Report on the working of the Ranchi Indian Mental Hospital, Kanke, in Bihar and Orissa - 1930-1940
Year: 1930
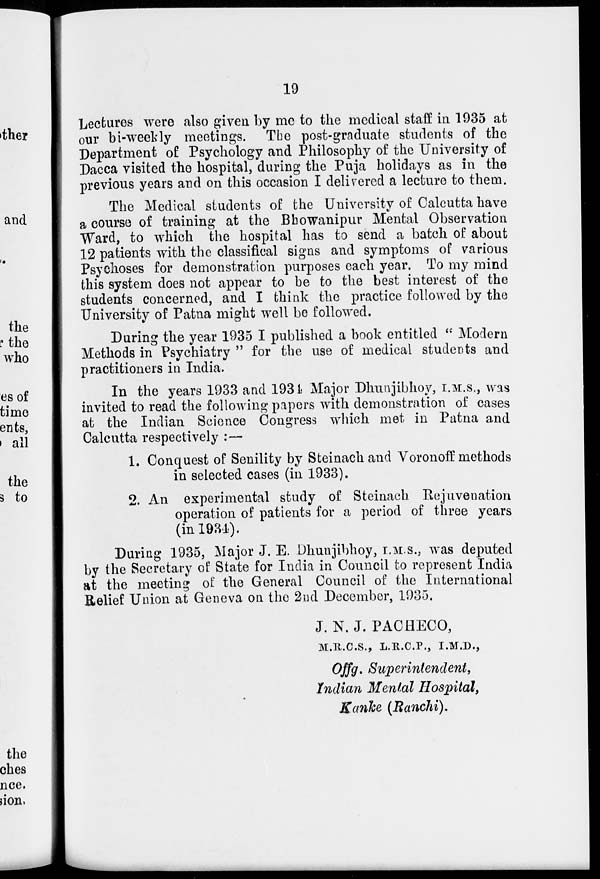
19
Lectures were also given by me to the medical staff in 1935 at
our bi-weekly meetings. The post-graduate students of the
Department of Psychology and Philosophy of the University of
Dacca visited the hospital, during the Puja holidays as in the
previous years and on this occasion I delivered a lecture to them.
The Medical students of the University of Calcutta have
a course of training at the Bhowanipur Mental Observation
Ward, to which the hospital has to send a batch of about
12 patients with the classifical signs and symptoms of various
Psychoses for demonstration purposes each year. To my mind
this system does not appear to be to the best interest of the
students concerned, and I think the practice followed by the
University of Patna might well be followed.
During the year 1935 I published a book entitled " Modern
Methods in Psychiatry " for the use of medical students and
practitioners in India.
In the years 1933 and 1934 Major Dhunjibhoy, I.M.S., was
invited to read the following papers with demonstration of cases
at the Indian Science Congress which met in Patna and
Calcutta respectively : —
1. Conquest of Senility by Steinachand Voronoff methods
in selected cases (in 1933).
2. An experimental study of Steinach Rejuvenation
operation of patients for a period of three years
(in 1934).
During 1935, Major J. E. Dhunjibhoy, I.M.S., was deputed
by the Secretary of State for India in Council to represent India
at the meeting of the General Council of the International
Relief Union at Geneva on the 2nd December, 1935.
J. N. J. PACHECO,
M.R.C.S., L.R.C.P., I.M.D.,
Offg. Superintendent,
Indian Mental Hospital,
Kanke (Ranchi).